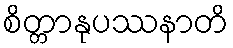
စိတ္တာနုပဿနာတိ